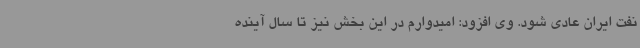
نفت ایران عادی شود. وی افزود: امیدوارم در این بخش نیز تا سال آینده